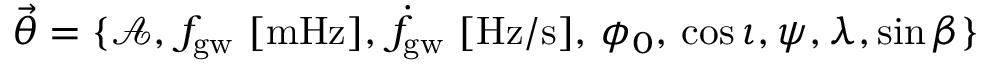
\ensuremath { \vec { \theta } } = \{ \mathcal { A } , \, f _ { \mathrm { g w } } ~ [ \mathrm { m H z } ] , \, \dot { f } _ { \mathrm { g w } } ~ [ \mathrm { H z / s } ] , \, \phi _ { 0 } , \, \cos \iota , \psi , \lambda , \sin \beta \}